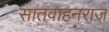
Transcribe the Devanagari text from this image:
सातवाहनराज